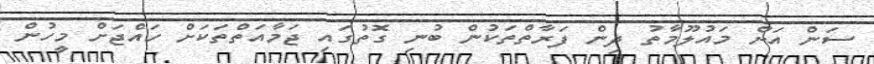
ސަން އަށް މައުލޫމާތު ދިން ފަރާތްތަކުން ބުނި ގޮތުގައި ޖަމާއަތްތަކަށް ހައްޖަށް މީހުން